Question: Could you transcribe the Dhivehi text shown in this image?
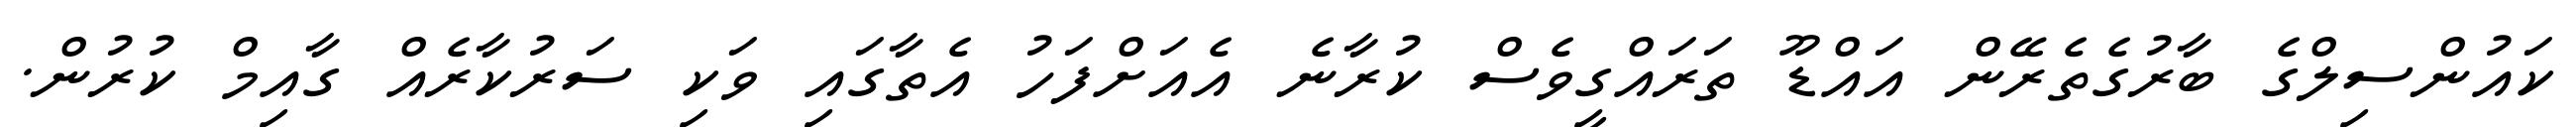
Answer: ކައުންސިލްގެ ބާރުގެތެރޭން އައްޑޫ ތަރައްގީވެސް ކުރާނެ އެއަށްފަހު އެތާގައި ވަކި ސަރުކާރެއް ގާއިމް ކުރުން.